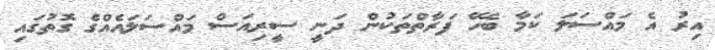
އިރު އެ މައްސަލަ ކަމާ ބެހޭ ފަރާތްތަކުން ދަނީ ސީރިއަސް މައްސަލައެއްގެ ގޮތުގައި